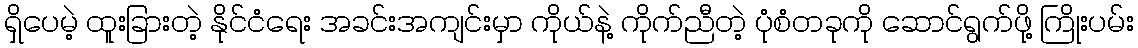
ရှိပေမဲ့ ထူးခြားတဲ့ နိုင်ငံရေး အခင်းအကျင်းမှာ ကိုယ်နဲ့ ကိုက်ညီတဲ့ ပုံစံတခုကို ဆောင်ရွက်ဖို့ ကြိုးပမ်း